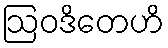
ဩဝဒိတေဟိ